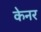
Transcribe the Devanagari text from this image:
केनर